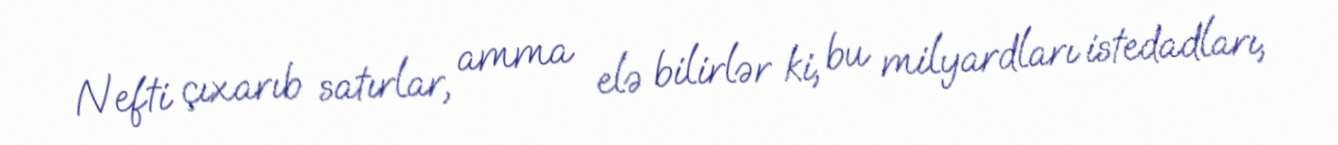
Nefti çıxarıb satırlar, amma elə bilirlər ki, bu milyardları istedadları,